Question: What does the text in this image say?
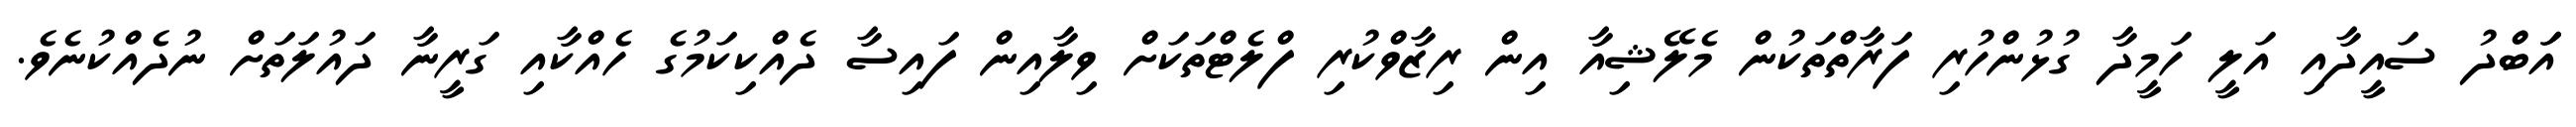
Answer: އަަބްދު ސައީދާއި އަލީ ހަމީދާ ގުޅުންހުރި ފަރާތްތަކުން މެލޭޝިއާ އިން ރިޒާވްކުރި ފްލެޓްތަކަށް ވިލާއިން ފައިސާ ދެއްކިކަމުގެ ހެއްކާއި ގަރީނާ ދައުލަތަށް ނުދެއްކުނެވެ.